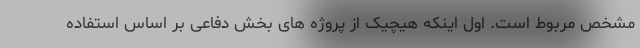
مشخص مربوط است. اول اینکه هیچیک از پروژه های بخش دفاعی بر اساس استفاده